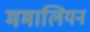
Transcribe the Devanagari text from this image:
ममालियन